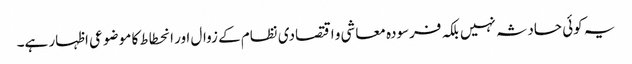
یہ کوئی حادثہ نہیں بلکہ فرسودہ معاشی و اقتصادی نظام کے زوال اور انحطاط کا مو ضوعی اظہار ہے۔